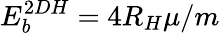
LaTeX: E_{b}^{2DH}=4R_{H}\mu/m